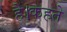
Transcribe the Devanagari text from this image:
है।कहते